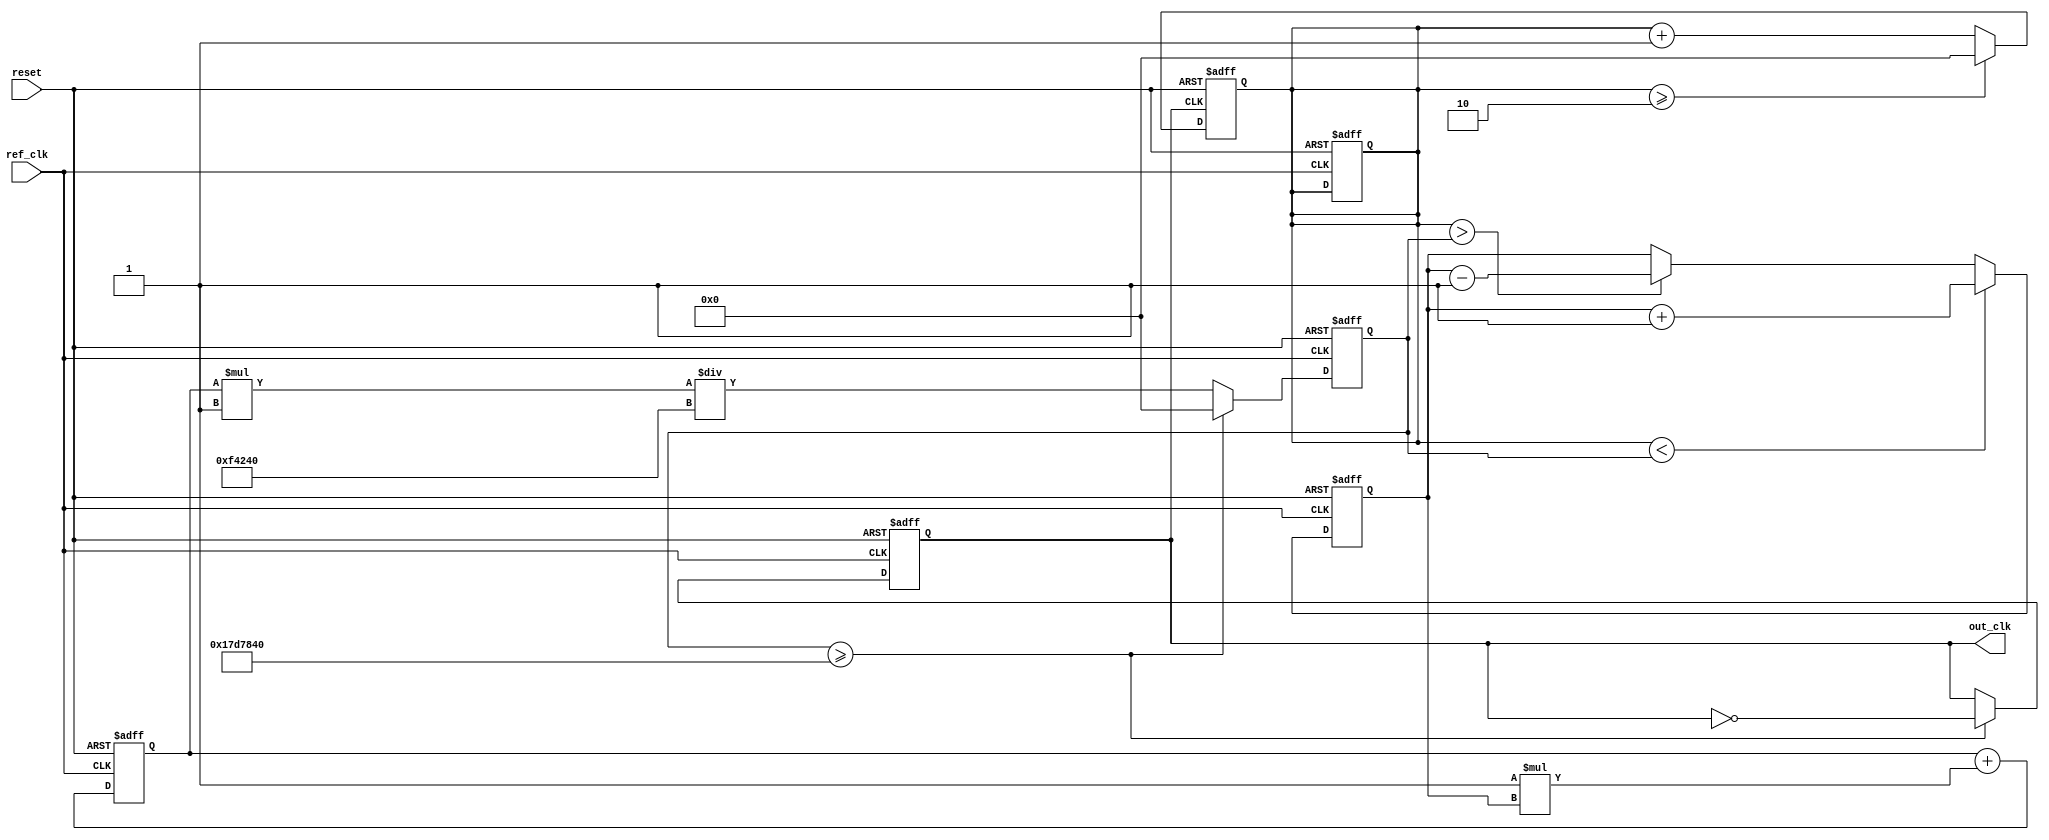
module parameterized_PLL #(
    parameter REFERENCE_FREQ = 50_000_000, // Reference frequency in Hz
    parameter OUTPUT_FREQ = 100_000_000,    // Desired output frequency in Hz
    parameter DIVISION_RATIO = OUTPUT_FREQ / REFERENCE_FREQ, // Feedback division ratio
    parameter LOOP_FILTER_GAIN = 1,          // Proportional gain for loop filter
    parameter VCO_SENSITIVITY = 1            // VCO sensitivity (Hz/V)
)(
    input wire ref_clk,                       // Reference clock input
    input wire reset,                         // Reset signal
    output reg out_clk                        // Output clock
);

    // Internal signals
    reg [31:0] phase_error;                   // Phase error signal
    reg [31:0] control_voltage;                // Control voltage for VCO
    reg [31:0] vco_counter;                   // VCO counter for output clock generation
    reg [31:0] feedback_counter;              // Feedback counter for phase detector

    // Phase Detector (PD)
    always @(posedge ref_clk or posedge reset) begin
        if (reset) begin
            phase_error <= 0;
            feedback_counter <= 0;
        end else begin
            // Simple phase detector logic
            if (feedback_counter < vco_counter) begin
                phase_error <= phase_error + 1; // Reference clock leads
            end else if (feedback_counter > vco_counter) begin
                phase_error <= phase_error - 1; // Feedback clock leads
            end
        end
    end

    // Loop Filter (LF)
    always @(posedge ref_clk or posedge reset) begin
        if (reset) begin
            control_voltage <= 0;
        end else begin
            // Simple proportional control
            control_voltage <= control_voltage + (LOOP_FILTER_GAIN * phase_error);
        end
    end

    // Voltage-Controlled Oscillator (VCO)
    always @(posedge ref_clk or posedge reset) begin
        if (reset) begin
            vco_counter <= 0;
            out_clk <= 0;
        end else begin
            // VCO output frequency adjustment based on control voltage
            vco_counter <= (control_voltage * VCO_SENSITIVITY) / 1_000_000; // Scale control voltage
            if (vco_counter >= (REFERENCE_FREQ / DIVISION_RATIO)) begin
                out_clk <= ~out_clk; // Toggle output clock
                vco_counter <= 0; // Reset VCO counter
            end
        end
    end

    // Feedback Divider
    always @(posedge out_clk or posedge reset) begin
        if (reset) begin
            feedback_counter <= 0;
        end else begin
            feedback_counter <= feedback_counter + 1;
            if (feedback_counter >= DIVISION_RATIO) begin
                feedback_counter <= 0; // Reset feedback counter
            end
        end
    end

endmodule